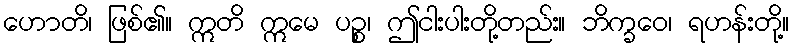
ဟောတိ၊ ဖြစ်၏။ ဣတိ ဣမေ ပဉ္စ၊ ဤငါးပါးတို့တည်း။ ဘိက္ခဝေ၊ ရဟန်းတို့။